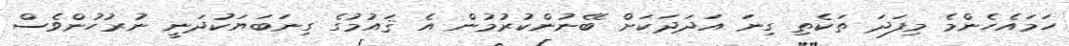
ހަމައެހެންމެ މިފަދަ ތަކެތި ގިނަ އަދަދަކަށް ބޭނުންކުރުމުން އެ ޤައުމުގެ ގިނަބަޔަކުދަނީ ނުރުހުންވެސް